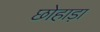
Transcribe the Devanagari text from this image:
छोहाड़ा